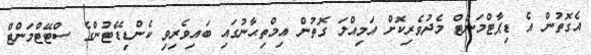
އެގޮތުން އެ ޑިޕާޓްމަންޓް މެދުވެރިކޮށް އަމިއްލަ ގޮތުން އިމްތިޙާނުގައި ބައިވެރިވި ކެންޑިޑޭޓުންގެ ސްޓޭޓްމަންޓް